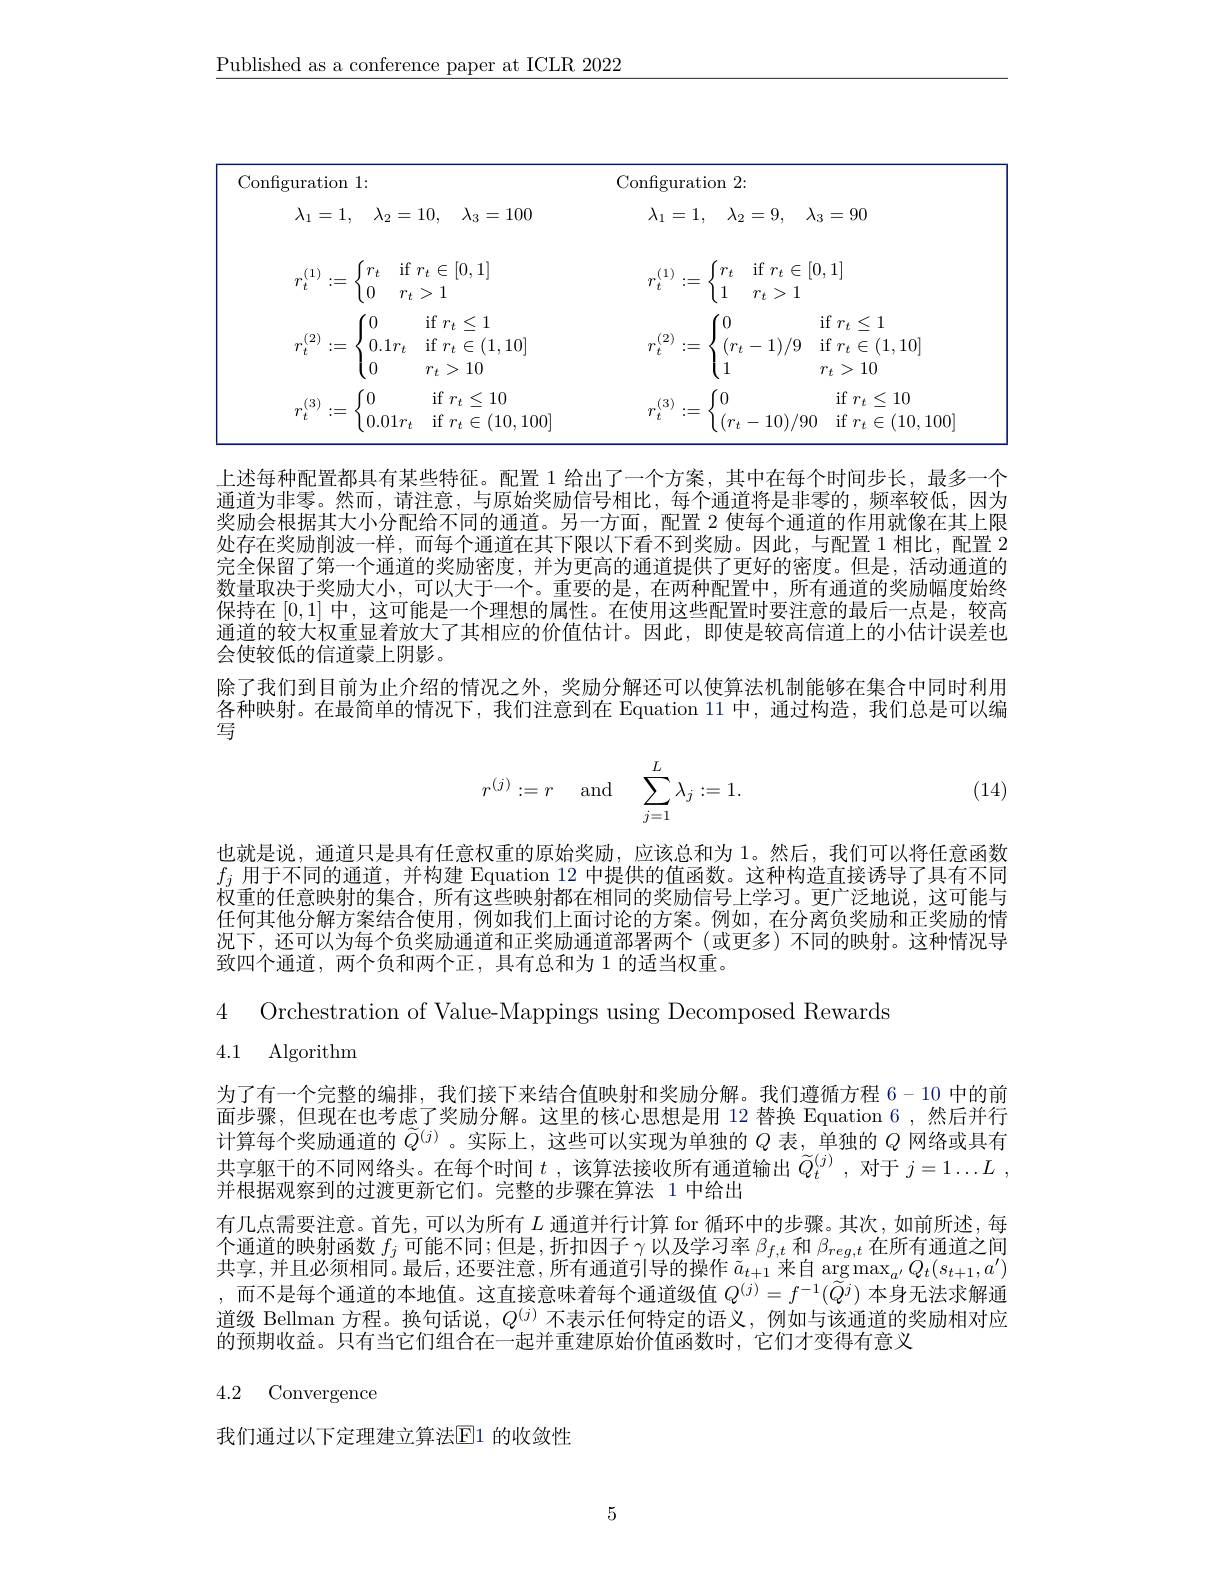
$\underline{\text{Published as a conference paper at ICLR 2022}}$

<table>
	<tbody>
		<tr>
			<th>Configuration 1:</th>
			<th>Configuration 2:</th>
		</tr>
		<tr>
			<td>$\lambda _{1}= 1$, $\lambda _{2}= 10$, $\lambda _{3}= 100$</td>
			<td>$\lambda _{1}= 1$, $\lambda _{2}= 9$, $\lambda _{3}= 90$</td>
		</tr>
		<tr>
			<td>if $r_t\in[0,1]$ T $r_{t}>1$</td>
			<td>if $r_t\in[0,1]$ $r$ 1 $r_{t}>1$</td>
		</tr>
		<tr>
			<td>if $r_t\leq1$ 11 $0.1r_t$ if $r_t\in(1,10]$ 11 $r_{t}>10$</td>
			<td>$\begin{matrix}{{^{\cdot}0}}\\{{^{\cdot}0}}\end{matrix}$ if $r_t\leq1$ $(r_{t}-1)/9$ if $r_t\in(1,10]$ 10</td>
		</tr>
		<tr>
			<td>if$r_t\leq10$ $0.01r_t$ ${\mathrm{if~}}r_{t}\in(10,100]$</td>
			<td>if $r_t\leq10$ $(r_{t}-10)/90$ if $r_t\in(10,100$</td>
		</tr>
	</tbody>
</table>

上述每种配置都具有某些特征。配置 1 给出了一个方案，其中在每个时间步长，最多一个通道为非零。然而，请注意，与原始奖励信号相比，每个通道将是非零的，频率较低，因为奖励会根据其大小分配给不同的通道。另一方面，配置 2 使每个通道的作用就像在其上限处存在奖励削波一样，而每个通道在其下限以下看不到奖励。因此，与配置 1 相比，配置 2完全保留了第一个通道的奖励密度，并为更高的通道提供了更好的密度。但是，活动通道的数量取决于奖励大小，可以大于一个。重要的是，在两种配置中，所有通道的奖励幅度始终保持在[0,1]中，这可能是一个理想的属性。在使用这些配置时要注意的最后一点是，较高通道的较大权重显着放大了其相应的价值估计。因此，即使是较高信道上的小估计误差也会使较低的信道蒙上阴影。
除了我们到目前为止介绍的情况之外，奖励分解还可以使算法机制能够在集合中同时利用各种映射。在最简单的情况下，我们注意到在 Equation 11 中，通过构造，我们总是可以编写
$$r^{(j)}:=r\quad\text{and}\quad\sum_{j=1}^{L}\lambda_j:=1.$$
(14)

也就是说，通道只是具有任意权重的原始奖励，应该总和为 1。然后，我们可以将任意函数$f_j$用于不同的通道，并构建 Equation 12 中提供的值函数。这种构造直接诱导了具有不同权重的任意映射的集合，所有这些映射都在相同的奖励信号上学习。更广泛地说，这可能与任何其他分解方案结合使用，例如我们上面讨论的方案。例如，在分离负奖励和正奖励的情况下，还可以为每个负奖励通道和正奖励通道部署两个(或更多)不同的映射。这种情况导致四个通道，两个负和两个正，具有总和为 1 的适当权重。

4 Orchestration of Value-Mappings using Decomposed Rewards
4.1 Algorithm

为了有一个完整的编排，我们接下来结合值映射和奖励分解。我们遵循方程 6-10 中的前面步骤，但现在也考虑了奖励分解。这里的核心思想是用 12 替换 Equation 6,然后并行计算每个奖励通道的$\widetilde{Q}^{(j)}$ 。实际上，这些可以实现为单独的$Q$表，单独的$Q$网络或具有共享躯干的不同网络头。在每个时间$t$ ,该算法接收所有通道输出$\widetilde{Q}_t^{(j)}$ ,对于$j= 1\ldots L$ , 并根据观察到的过渡更新它们。完整的步骤在算法 1 中给出
有几点需要注意。首先，可以为所有$L$通道并行计算 for 循环中的步骤。其次，如前所述，每共享，并且必须相同。最后，还要注意，所有通道引导的操作$\tilde{a}_t+1$来自 arg $\max_a^{\prime}Q_t(s_{t+1},a^{\prime})$ ,而不是每个通道的本地值。这直接意味着每个通道级值$Q^{(j)}=f^{-1}(\widetilde{Q}^j)$本身无法求解通道级 Bellman 方程。换句话说，$Q^{(j)}$不表示任何特定的语义，例如与该通道的奖励相对应的预期收益。只有当它们组合在一起并重建原始价值函数时，它们才变得有意义

4.2 Convergence

我们通过以下定理建立算法$\overline{\mathrm{E}}$1 的收敛性

5